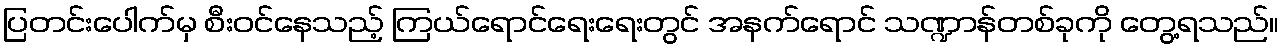
ပြတင်းပေါက်မှ စီးဝင်နေသည့် ကြယ်ရောင်ရေးရေးတွင် အနက်ရောင် သဏ္ဍာန်တစ်ခုကို တွေ့ရသည်။